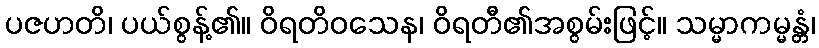
ပဇဟတိ၊ ပယ်စွန့်၏။ ဝိရတိဝသေန၊ ဝိရတီ၏အစွမ်းဖြင့်။ သမ္မာကမ္မန္တံ၊